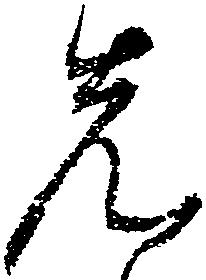
先